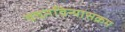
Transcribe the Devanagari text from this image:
वचनविन्यासक्रम